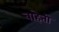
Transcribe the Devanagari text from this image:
बाहेती